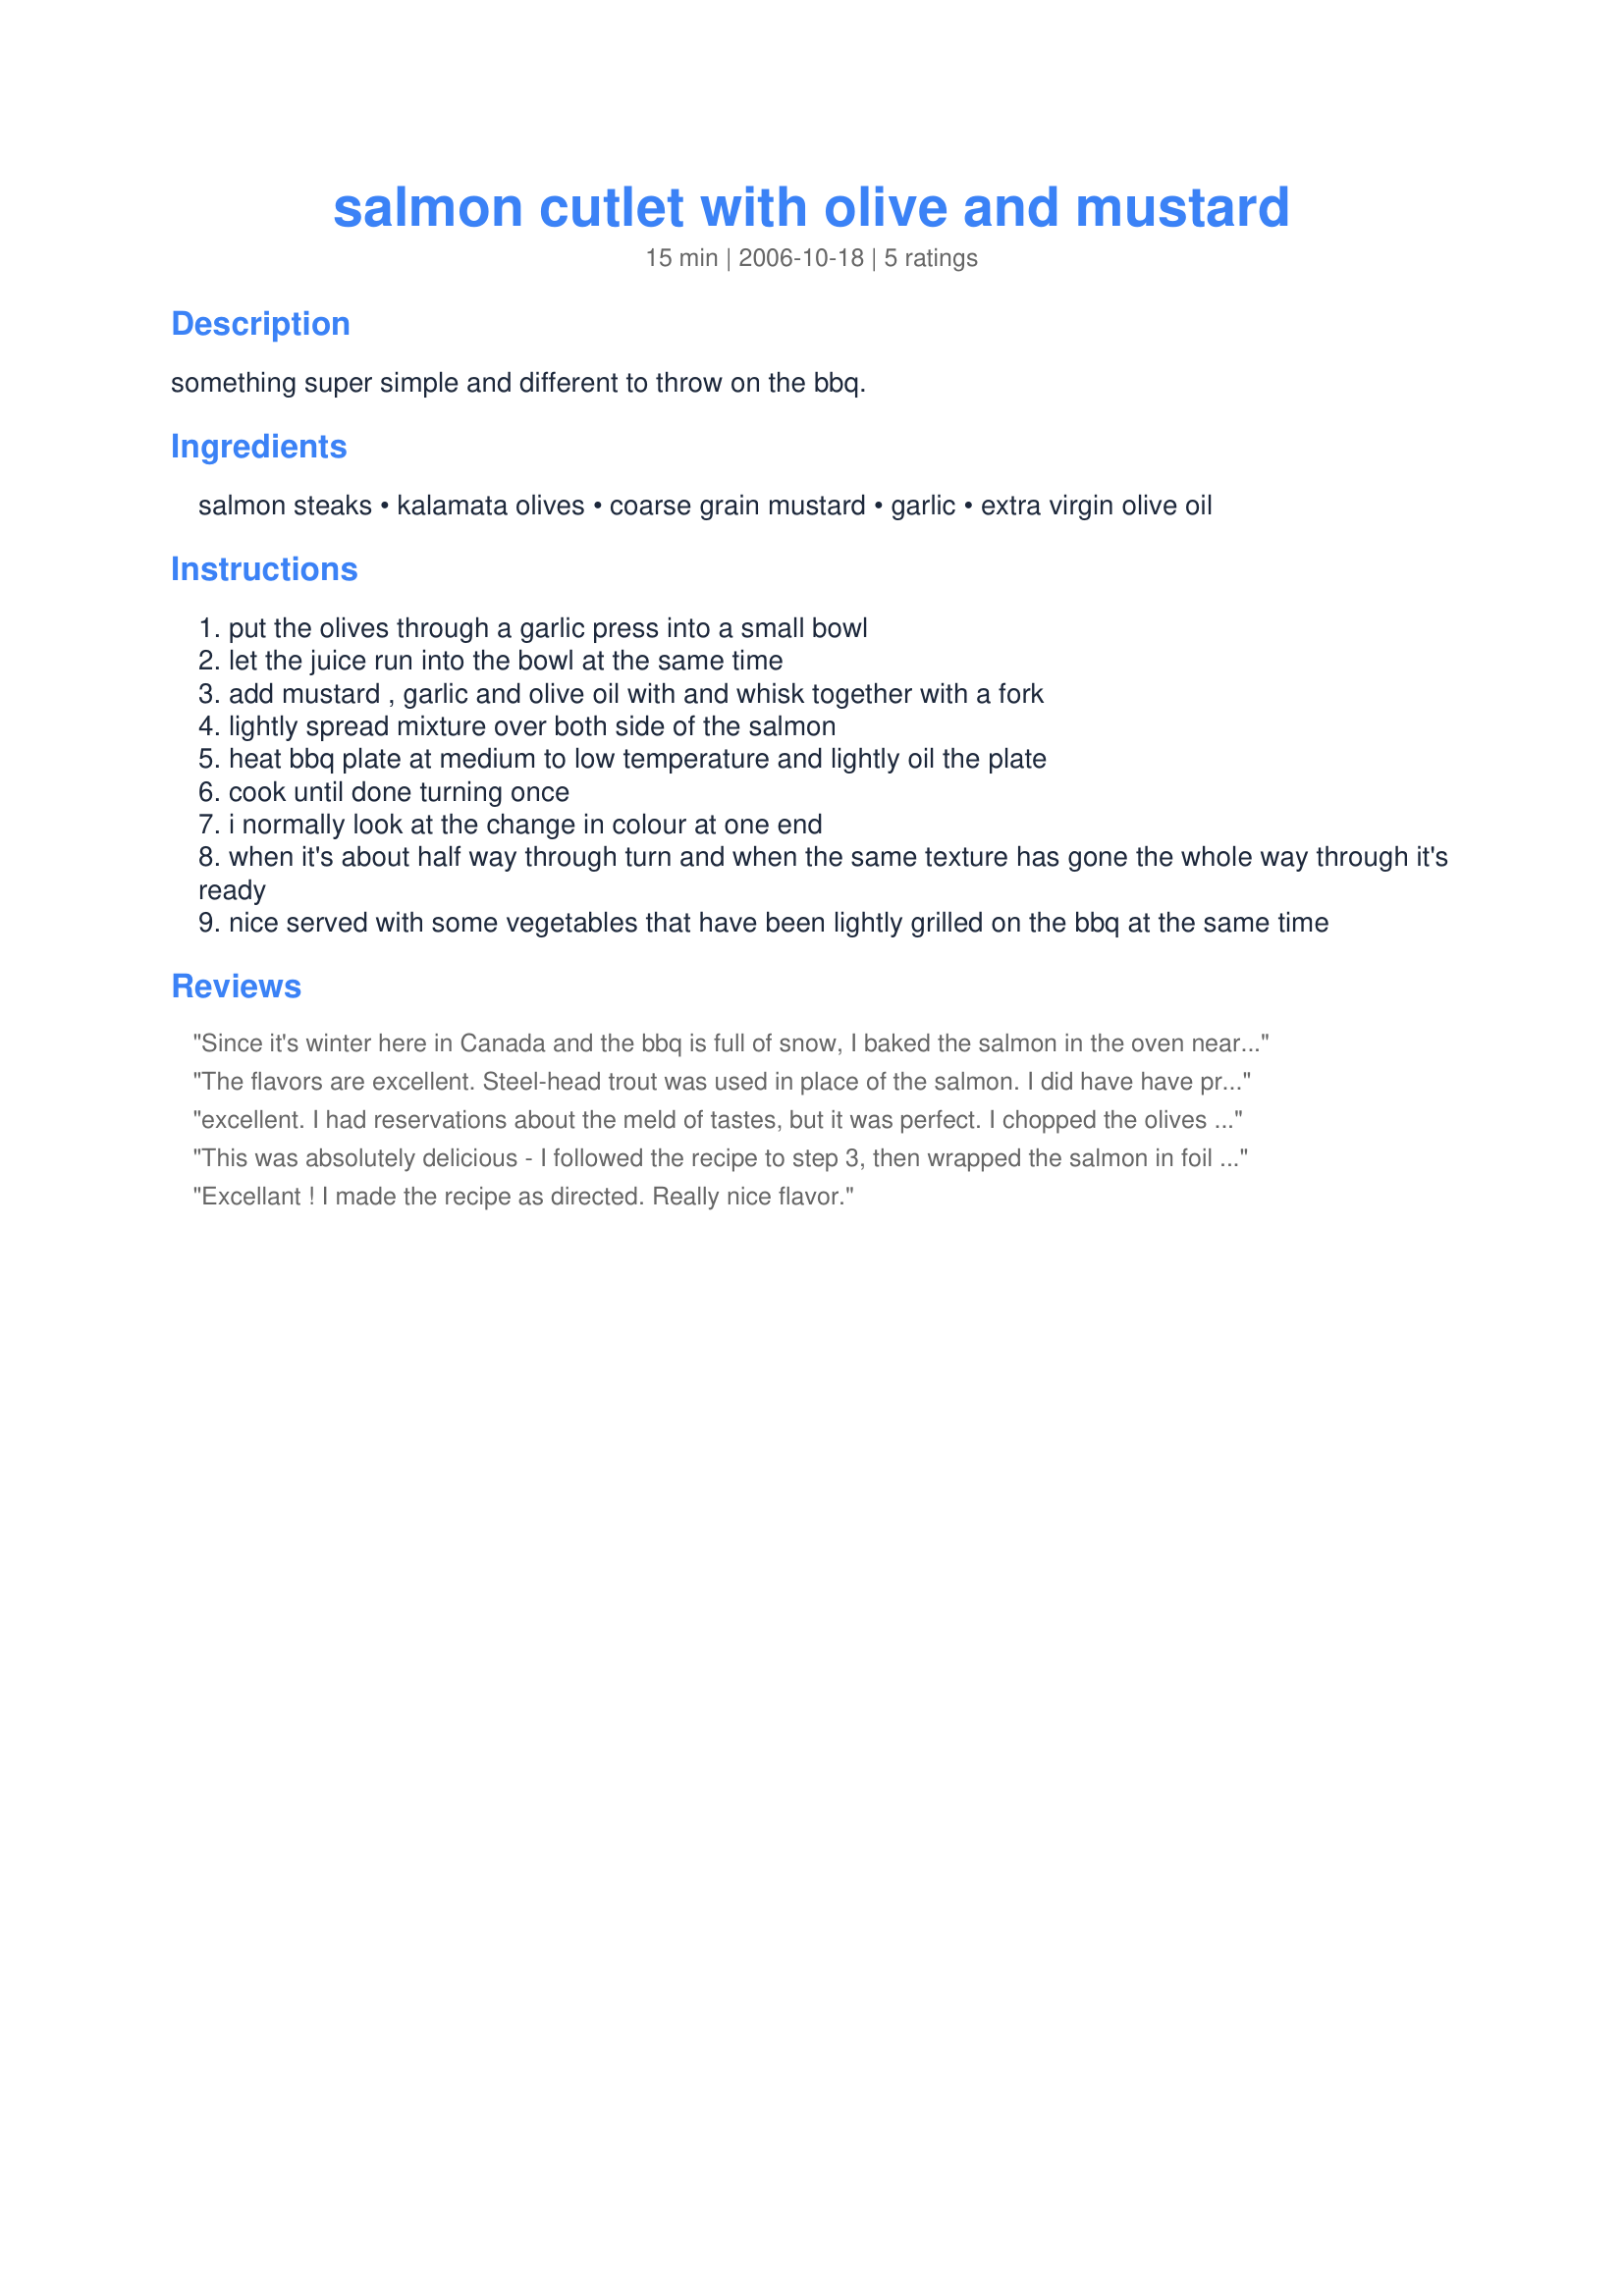
salmon cutlet with olive and mustard
Preparation time: 15 minutes

something super simple and different to throw on the bbq.

Ingredients:
salmon steaks, kalamata olives, coarse grain mustard, garlic, extra virgin olive oil

Steps:
put the olives through a garlic press into a small bowl
let the juice run into the bowl at the same time
add mustard , garlic and olive oil with and whisk together with a fork
lightly spread mixture over both side of the salmon
heat bbq plate at medium to low temperature and lightly oil the plate
cook until done turning once
i normally look at the change in colour at one end
when it's about half way through turn and when the same texture has gone the whole way through it's ready
nice served with some vegetables that have been lightly grilled on the bbq at the same time

Reviews:
Since it's winter here in Canada and the bbq is full of snow, I baked the salmon in the oven near 15-20 minutes until it flake easily with a fork. It was so yummy. Thanks Peter :) Made for the Australian/NZ swap for December 2010
The flavors are excellent. Steel-head trout was used in place of the salmon. I did have have problems with the olive tampenade adhering to the fish. I think that next time I would grill the fish, turn and top it with the olive mixture. This was served with oven roasted corn on the cob and asparagus. Made for Aussie Swap.
excellent. I had reservations about the meld of tastes, but it was perfect.
I chopped the olives and added to the pan when I turned the fish over.
I have 11 mustards here, but had to use french seeded mustard!
Served with potato salad and green salad.
a keeper!
This was absolutely delicious - I followed the recipe to step 3, then wrapped the salmon in foil and baked it for 1/2 hour. Thanks Peter.
Excellant ! I made the recipe as directed. Really nice flavor.
